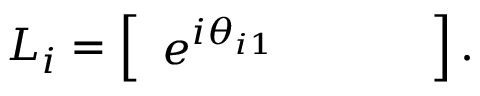
L _ { i } = \left[ \begin{array} { l l l l } { e ^ { i \theta _ { i 1 } } } & { } & { } & { } \end{array} \right] .